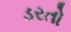
ડરતો